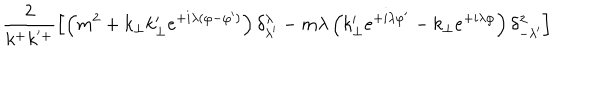
LaTeX: \hspace { - 1 c m } \frac { 2 } { k ^ { + } k ^ { ' + } } \left[ \left( m ^ { 2 } + k _ { \perp } k _ { \perp } ^ { \prime } e ^ { + i \lambda ( \varphi - \varphi ^ { \prime } ) } \right) \delta _ { \lambda ^ { \prime } } ^ { \lambda } - m \lambda \left( k _ { \perp } ^ { \prime } e ^ { + i \lambda \varphi ^ { \prime } } - k _ { \perp } e ^ { + i \lambda \varphi } \right) \delta _ { - \lambda ^ { \prime } } ^ { \lambda } \right]